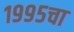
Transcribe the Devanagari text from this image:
१९९५चा